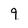
Character: 9